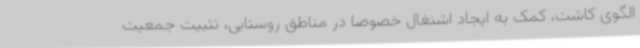
الگوی کاشت، کمک به ایجاد اشتغال خصوصا در مناطق روستایی، تثبیت جمعیت